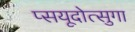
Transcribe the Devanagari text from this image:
प्सयूदोत्सुगा